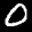
Label: 0